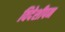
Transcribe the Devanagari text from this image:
विदेशीपन